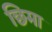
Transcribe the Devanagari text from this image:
छिमा